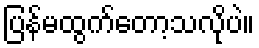
ပြန်မထွက်တော့သလိုပဲ။